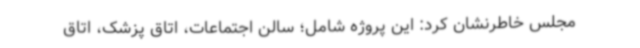
مجلس خاطرنشان کرد: این پروژه شامل؛ سالن اجتماعات، اتاق پزشک، اتاق